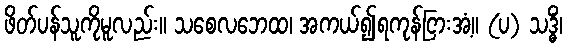
ဖိတ်ပန်သူကိုမူလည်း။ သစေလဘေထ၊ အကယ်၍ရကုန်ငြားအံ့။ (ပ) သဒ္ဓိံ၊